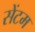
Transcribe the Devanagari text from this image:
सेंटम